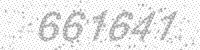
Solution: 661641